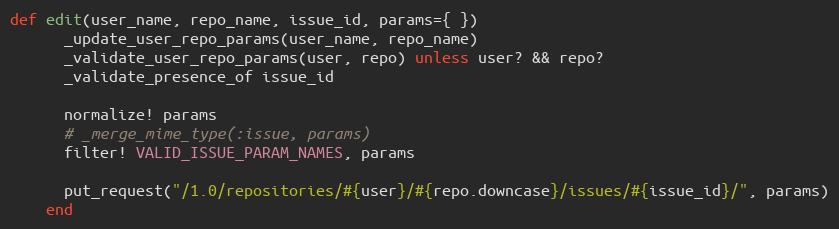
Language: Ruby
def edit(user_name, repo_name, issue_id, params={ })
      _update_user_repo_params(user_name, repo_name)
      _validate_user_repo_params(user, repo) unless user? && repo?
      _validate_presence_of issue_id

      normalize! params
      # _merge_mime_type(:issue, params)
      filter! VALID_ISSUE_PARAM_NAMES, params

      put_request("/1.0/repositories/#{user}/#{repo.downcase}/issues/#{issue_id}/", params)
    end